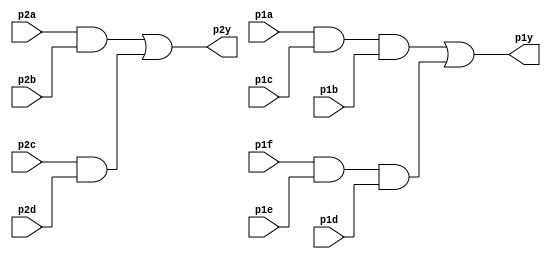
// Question 10. 7485 chip - https://hdlbits.01xz.net/wiki/7458

module top_module ( 
    input p1a, p1b, p1c, p1d, p1e, p1f,
    output p1y,
    input p2a, p2b, p2c, p2d,
    output p2y );
    
    wire and31;
    wire and32;
    wire and21;
    wire and22;

    assign and31 = (p1a&p1c&p1b);
    assign and32 = (p1f&p1e&p1d);
	assign and21 = (p2a&p2b);
    assign and22 = (p2c&p2d);
    assign p1y = and31 | and32;
    assign p2y = and21 | and22;


endmodule